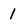
Character: 1